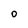
Character: O